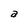
Character: a